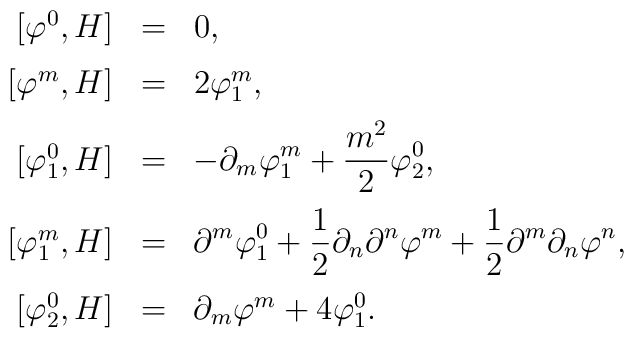
\begin{array}{rcl}\left[ \varphi^{0}, H \right] & = & 0 , \vspace{2mm} \\\left[ \varphi^{m}, H \right] & = & 2\varphi_{1}^{m} , \vspace{2mm} \\\left[ \varphi_{1}^{0}, H \right] & = & \displaystyle- \partial_{m}\varphi_{1}^{m} + \frac{m^{2}}{2}\varphi_{2}^{0} ,\vspace{2mm}\\\left[ \varphi_{1}^{m}, H \right] & = & \displaystyle\partial^{m}\varphi_{1}^{0} +\frac{1}{2}\partial_{n}\partial^{n}\varphi^{m} +\frac{1}{2}\partial^{m}\partial_{n}\varphi^{n} , \vspace{2mm} \\\left[ \varphi_{2}^{0}, H \right] & = &\partial_{m}\varphi^{m} + 4\varphi_{1}^{0} .\end{array}